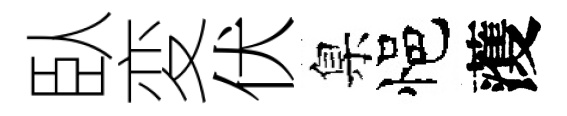
臥変伏臬悒𮑮